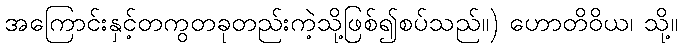
အကြောင်းနှင့်တကွတခုတည်းကဲ့သို့ဖြစ်၍စပ်သည်။) ဟောတိဝိယ၊ သို့။